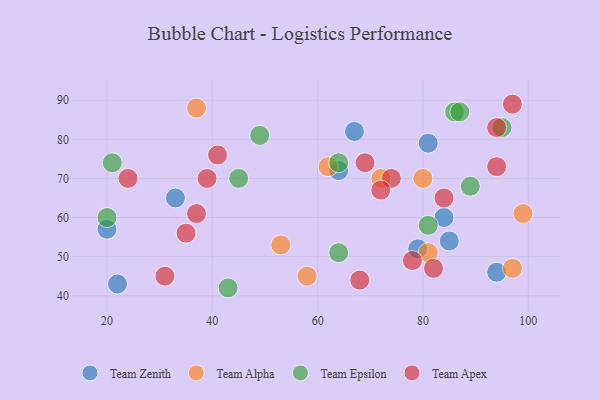
{"axis": {"x": "GDP", "y": "Life Expectancy"}, "legend": ["Team Alpha", "Team Apex", "Team Epsilon", "Team Zenith"], "data": [{"x": "64", "y": 72, "type": "Team Zenith"}, {"x": "85", "y": 54, "type": "Team Zenith"}, {"x": "84", "y": 60, "type": "Team Zenith"}, {"x": "33", "y": 65, "type": "Team Zenith"}, {"x": "94", "y": 46, "type": "Team Zenith"}, {"x": "20", "y": 57, "type": "Team Zenith"}, {"x": "67", "y": 82, "type": "Team Zenith"}, {"x": "22", "y": 43, "type": "Team Zenith"}, {"x": "81", "y": 79, "type": "Team Zenith"}, {"x": "79", "y": 52, "type": "Team Zenith"}, {"x": "81", "y": 51, "type": "Team Alpha"}, {"x": "97", "y": 47, "type": "Team Alpha"}, {"x": "80", "y": 70, "type": "Team Alpha"}, {"x": "53", "y": 53, "type": "Team Alpha"}, {"x": "99", "y": 61, "type": "Team Alpha"}, {"x": "58", "y": 45, "type": "Team Alpha"}, {"x": "37", "y": 88, "type": "Team Alpha"}, {"x": "62", "y": 73, "type": "Team Alpha"}, {"x": "72", "y": 70, "type": "Team Alpha"}, {"x": "86", "y": 87, "type": "Team Epsilon"}, {"x": "64", "y": 51, "type": "Team Epsilon"}, {"x": "20", "y": 60, "type": "Team Epsilon"}, {"x": "21", "y": 74, "type": "Team Epsilon"}, {"x": "45", "y": 70, "type": "Team Epsilon"}, {"x": "81", "y": 58, "type": "Team Epsilon"}, {"x": "89", "y": 68, "type": "Team Epsilon"}, {"x": "87", "y": 87, "type": "Team Epsilon"}, {"x": "95", "y": 83, "type": "Team Epsilon"}, {"x": "49", "y": 81, "type": "Team Epsilon"}, {"x": "64", "y": 74, "type": "Team Epsilon"}, {"x": "43", "y": 42, "type": "Team Epsilon"}, {"x": "78", "y": 49, "type": "Team Apex"}, {"x": "37", "y": 61, "type": "Team Apex"}, {"x": "69", "y": 74, "type": "Team Apex"}, {"x": "68", "y": 44, "type": "Team Apex"}, {"x": "39", "y": 70, "type": "Team Apex"}, {"x": "41", "y": 76, "type": "Team Apex"}, {"x": "97", "y": 89, "type": "Team Apex"}, {"x": "94", "y": 83, "type": "Team Apex"}, {"x": "74", "y": 70, "type": "Team Apex"}, {"x": "94", "y": 73, "type": "Team Apex"}, {"x": "35", "y": 56, "type": "Team Apex"}, {"x": "72", "y": 67, "type": "Team Apex"}, {"x": "31", "y": 45, "type": "Team Apex"}, {"x": "82", "y": 47, "type": "Team Apex"}, {"x": "24", "y": 70, "type": "Team Apex"}, {"x": "84", "y": 65, "type": "Team Apex"}]}